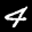
Label: 4